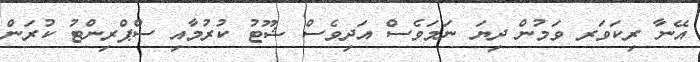
އޭނާ ރިކަވަރ ވަމުން ދިޔަ ނަމަވެސް އަދިވެސް ޝޫޓު ކުރުމާއި ސްޕްރިންޓު ކުރަން